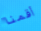
أقمنا